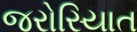
જરોરિયાત